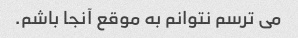
می ترسم نتوانم به موقع آنجا باشم.